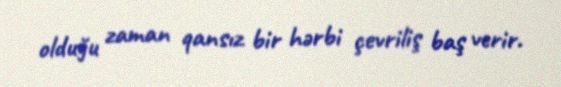
olduğu zaman qansız bir hərbi çevriliş baş verir.